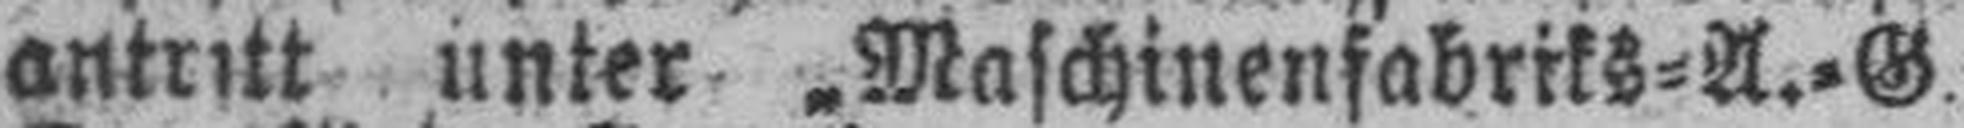
antritt unter „Maschinensabriks=A.=G.